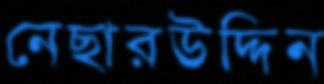
নেছারউদ্দিন